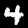
Label: 4